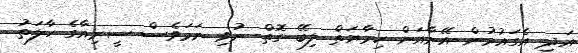
އަދި އެގައުމުން އޭނާއަށް ހިމާޔަތް ލިބޭ ގޮތް ނުވި ނަމަވެސް ސީރިއާގެ ހާލަތު